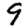
Digit: 9